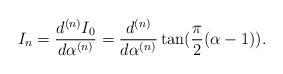
LaTeX: \begin{align*}I_{n}=\frac{d^{(n)}I_{0}}{d\alpha^{(n)}}=\frac{d^{(n)}}{d\alpha^{(n)}}\tan (\frac{\pi}{2}(\alpha -1)).\end{align*}